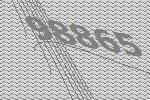
98865